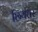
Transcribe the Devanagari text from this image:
छियत्तर